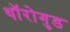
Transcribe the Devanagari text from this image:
थॉरोगुड